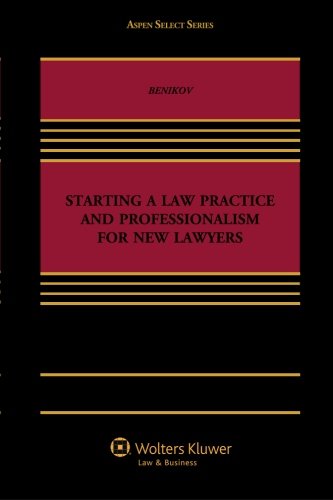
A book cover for Starting A Law Practice and Professionalism for New Lawyers (Aspen Select); Alexander Y. Benikov; Law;